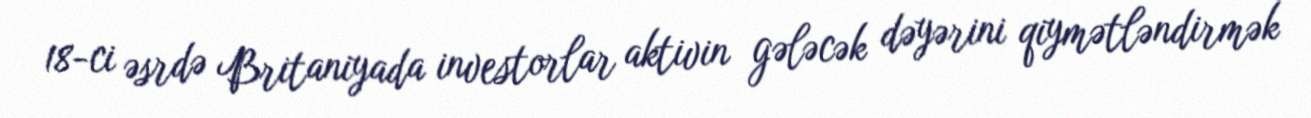
18-ci əsrdə Britaniyada investorlar aktivin gələcək dəyərini qiymətləndirmək